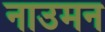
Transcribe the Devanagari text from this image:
नाउमन